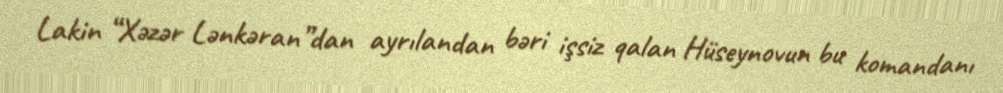
Lakin “Xəzər Lənkəran”dan ayrılandan bəri işsiz qalan Hüseynovun bu komandanı